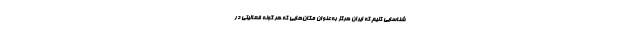
شناسایی کنیم که ایران هرگز به‌عنوان مکان‌هایی که هر گونه فعالیتی در